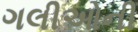
ગલીઓની